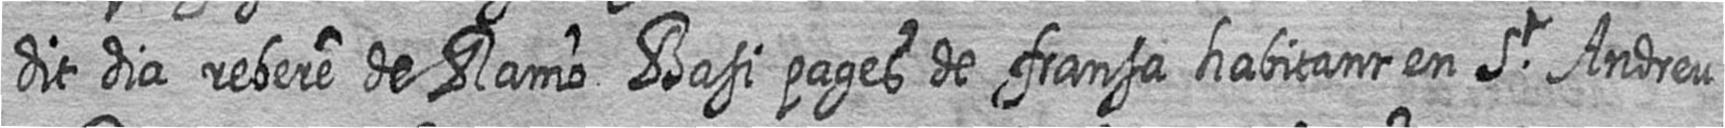
dit dia rebere de Ramo Basi pages de fransa habitant en St Andreu